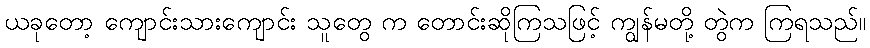
ယခုတော့ ကျောင်းသားကျောင်း သူတွေ က တောင်းဆိုကြသဖြင့် ကျွန်မတို့ တွဲက ကြရသည်။